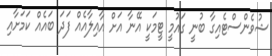
ޝުވެންސްޓެއިގާ ބުނީ ގައުމީ ޓީމަކީ އޭނާ އަށް އާއިލާއެއް ފަދަ ބައެއް ކަމަށާއި